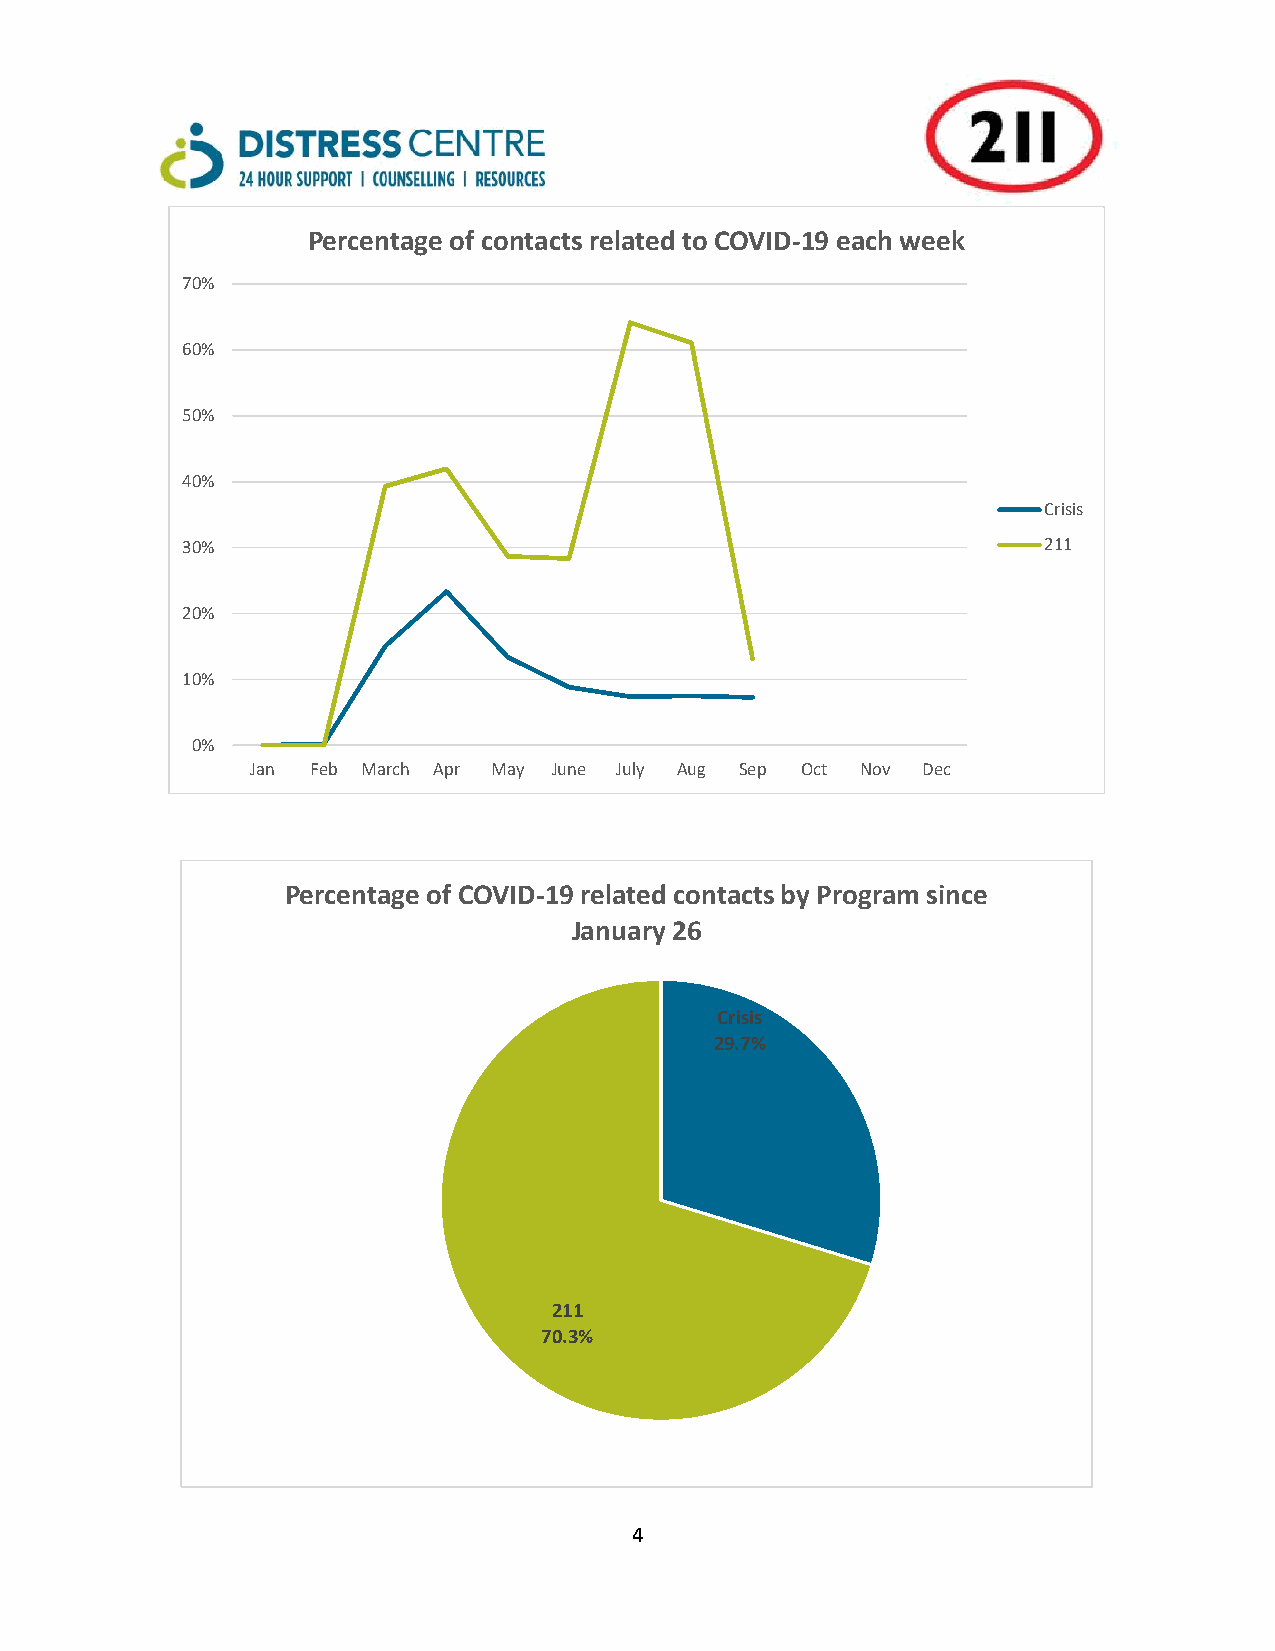
Percentage of contacts related to COVID-19 each week
 70%
 60%
 50%
 40%
 Crisis
 30%                                                      211
 20%
 10%
 0%
 Jan Feb March Apr May June July Aug Sep Oct Nov Dec
 Percentage of COVID-19 related contacts by Program since
 January 26
 Crisis
 29.7%
 211
 70.3%
 4